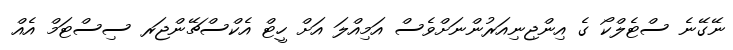
ނޭގޭނެ ސްޓެލްކޯ ގެ އިންޖިނިއަރުންނަށްވެސް އަމިއްލަ އަށް ހީޓް އެކްސްޗޭންޖަރ ސިސްޓަމް އެއް